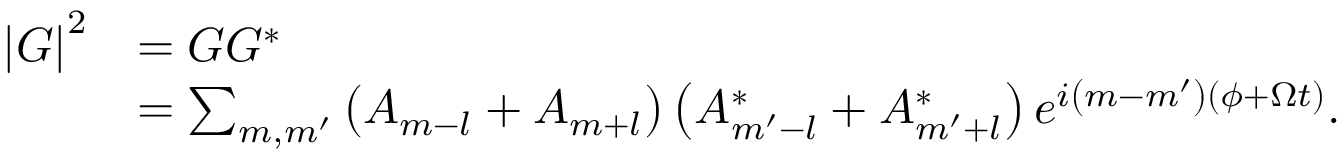
\begin{array} { r l } { \left\vert G \right\vert ^ { 2 } } & { = G G ^ { \ast } } \\ & { = \sum _ { m , m ^ { \prime } } \left( A _ { m - l } + A _ { m + l } \right) \left( A _ { m ^ { \prime } - l } ^ { \ast } + A _ { m ^ { \prime } + l } ^ { \ast } \right) e ^ { i \left( m - m ^ { \prime } \right) \left( \phi + \Omega t \right) } . } \end{array}